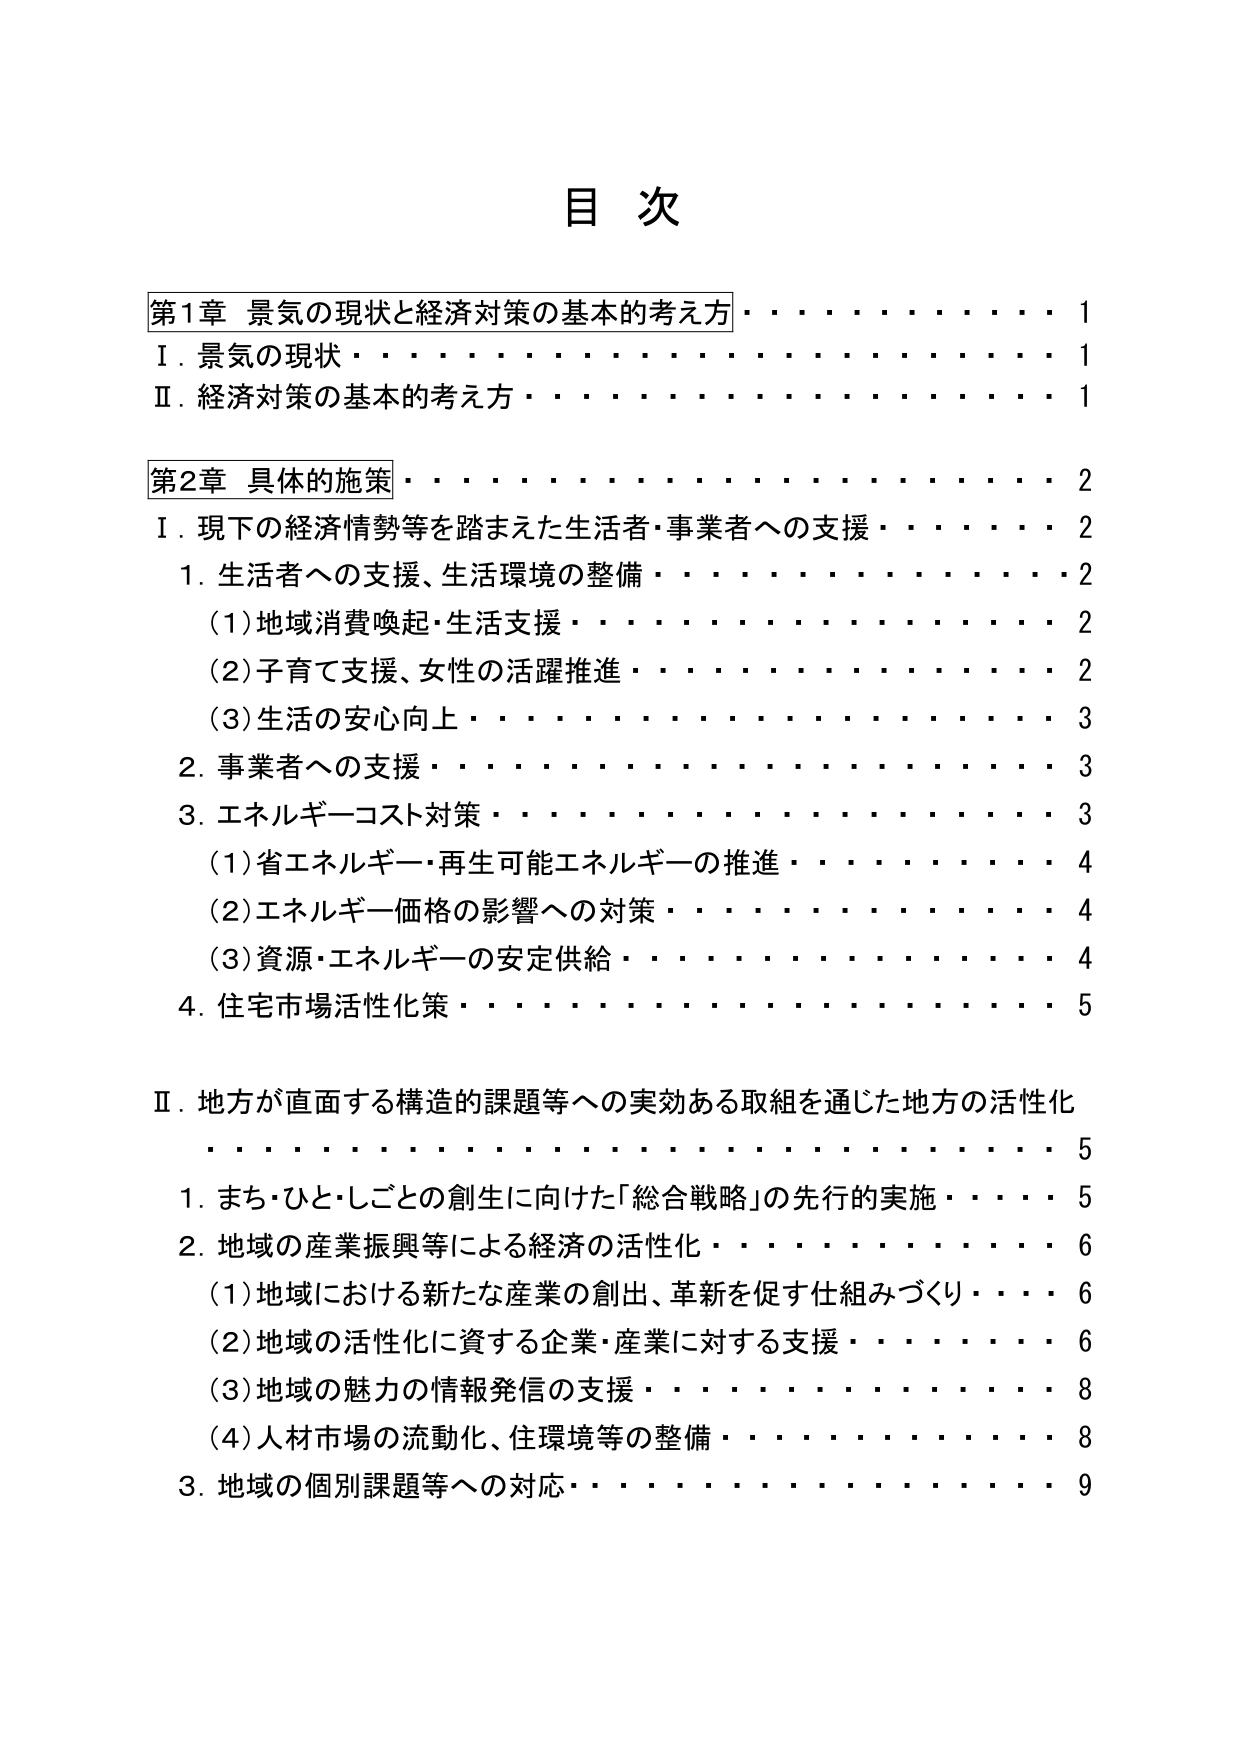
目 次

第1章 景気の現状と経済対策の基本的考え方 ・・・・・・・・・・・・・・ 1
Ⅰ．景気の現状 ・・・・・・・・・・・・・・・・・・・・・・・・・・・・ 1
Ⅱ．経済対策の基本的考え方 ・・・・・・・・・・・・・・・・・・・・・・ 1

第2章 具体的施策 ・・・・・・・・・・・・・・・・・・・・・・・・・・・・ 2
Ⅰ．現下の経済情勢等を踏まえた生活者・事業者への支援 ・・・・・・・・ 2
　1．生活者への支援、生活環境の整備 ・・・・・・・・・・・・・・・・・・ 2
　　（1）地域消費喚起・生活支援 ・・・・・・・・・・・・・・・・・・・・ 2
　　（2）子育て支援、女性の活躍推進 ・・・・・・・・・・・・・・・・・・ 2
　　（3）生活の安心向上 ・・・・・・・・・・・・・・・・・・・・・・・・ 3
　2．事業者への支援 ・・・・・・・・・・・・・・・・・・・・・・・・・・ 3
　3．エネルギーコスト対策 ・・・・・・・・・・・・・・・・・・・・・・・ 3
　　（1）省エネルギー・再生可能エネルギーの推進 ・・・・・・・・・・・・ 4
　　（2）エネルギー価格の影響への対策 ・・・・・・・・・・・・・・・・・ 4
　　（3）資源・エネルギーの安定供給 ・・・・・・・・・・・・・・・・・・ 4
　4．住宅市場活性化策 ・・・・・・・・・・・・・・・・・・・・・・・・・ 5

Ⅱ．地方が直面する構造的課題等への実効ある取組を通じた地方の活性化 ・・・・・・・・・・・・・・・・・・・・・・・・・・・・・・・・ 5
　1．まち・ひと・しごとの創生に向けた「総合戦略」の先行的実施 ・・・・ 5
　2．地域の産業振興等による経済の活性化 ・・・・・・・・・・・・・・・ 6
　　（1）地域における新たな産業の創出、革新を促す仕組みづくり ・・・・ 6
　　（2）地域の活性化に資する企業・産業に対する支援 ・・・・・・・・・ 6
　　（3）地域の魅力の情報発信の支援 ・・・・・・・・・・・・・・・・・・ 8
　　（4）人材市場の流動化、住環境等の整備 ・・・・・・・・・・・・・・ 8
　3．地域の個別課題等への対応 ・・・・・・・・・・・・・・・・・・・・・ 9